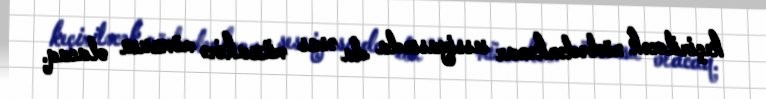
keçiriləcək növbədənkənar sessiyasında da əsas müzakirə mövzusu olacaq.